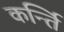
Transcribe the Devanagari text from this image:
कर्न्ति